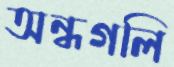
অন্ধগলি